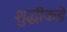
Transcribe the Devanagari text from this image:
शुद्धीकडे